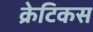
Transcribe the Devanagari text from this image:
क्रेटिकस